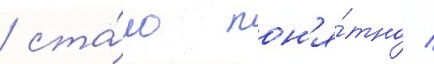
/ ста́ло пон'я́тно /